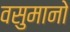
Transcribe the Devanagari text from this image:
वसुमानो